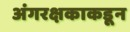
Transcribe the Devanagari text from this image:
अंगरक्षकाकडून